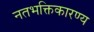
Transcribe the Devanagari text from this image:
नतभक्तिकारण्य